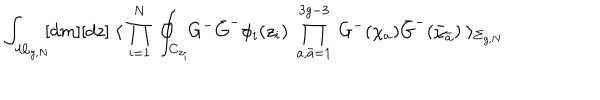
\int _ { { \cal M } _ { g , N } } \! \! [ d m ] [ d z ] \; \langle \; \prod _ { i = 1 } ^ { N } \: \oint _ { C _ { z _ { i } } } \! \! G ^ { - } \bar { G } ^ { - } \phi _ { i } ( z _ { i } ) \; \prod _ { a , { \bar { a } } = 1 } ^ { 3 g - 3 } \: G ^ { - } ( \chi _ { a } ) \bar { G } ^ { - } ( \bar { \chi } _ { \bar { a } } ) \; \rangle _ { \Sigma _ { g , N } } \label 2